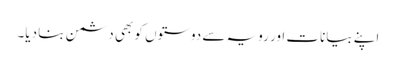
اپنے بیانات اور رویہ سے دوستوں کو بھی دشمن بنا دیا۔